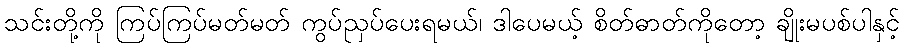
သင်းတို့ကို ကြပ်ကြပ်မတ်မတ် ကွပ်ညှပ်ပေးရမယ်၊ ဒါပေမယ့် စိတ်ဓာတ်ကိုတော့ ချိုးမပစ်ပါနှင့်